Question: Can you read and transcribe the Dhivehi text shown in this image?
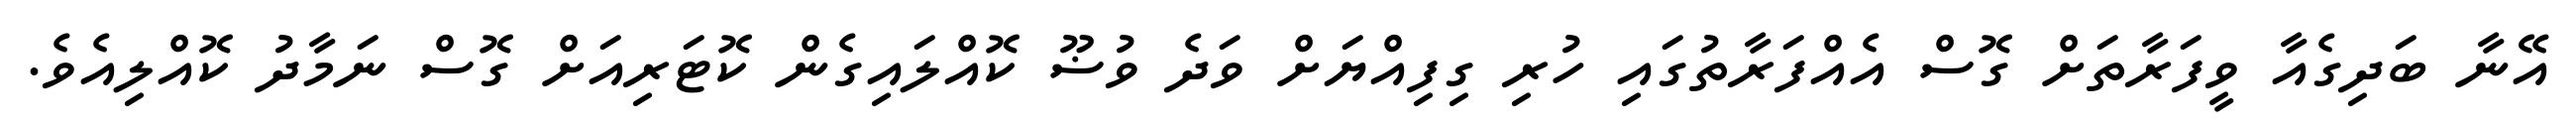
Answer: އޭނާ ބަދިގެއާ ވީފަރާތަށް ގޮސް އެއްފަރާތުގައި ހުރި ގިފިއްޔަށް ވަދެ ވުޟޫ ކޮއްލައިގެން ކޮޓަރިއަށް ގޮސް ނަމާދު ކޮއްލިއެވެ.